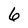
Character: 6